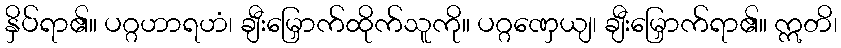
နှိပ်ရာ၏။ ပဂ္ဂဟာရဟံ၊ ချီးမြှောက်ထိုက်သူကို။ ပဂ္ဂဏှေယျ၊ ချီးမြှောက်ရာ၏။ ဣတိ၊